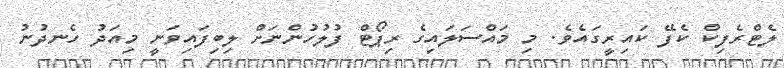
ލެޓްރެފިކް ކެފޭ ކައިރީގައެވެ. މި މައްސަލައިގެ ރިޕޯޓް ފުލުހުންނަށް ލިބިފައިވަނީ މިއަދު ހެނދުނު